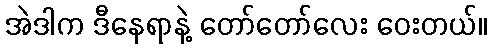
အဲဒါက ဒီနေရာနဲ့ တော်တော်လေး ဝေးတယ်။